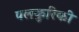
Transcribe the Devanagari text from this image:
पलकुरिकी